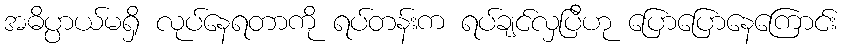
အဓိပ္ပာယ်မရှိ လုပ်နေရတာကို ရပ်တန်းက ရပ်ချင်လှပြီဟု ပြောပြောနေကြောင်း